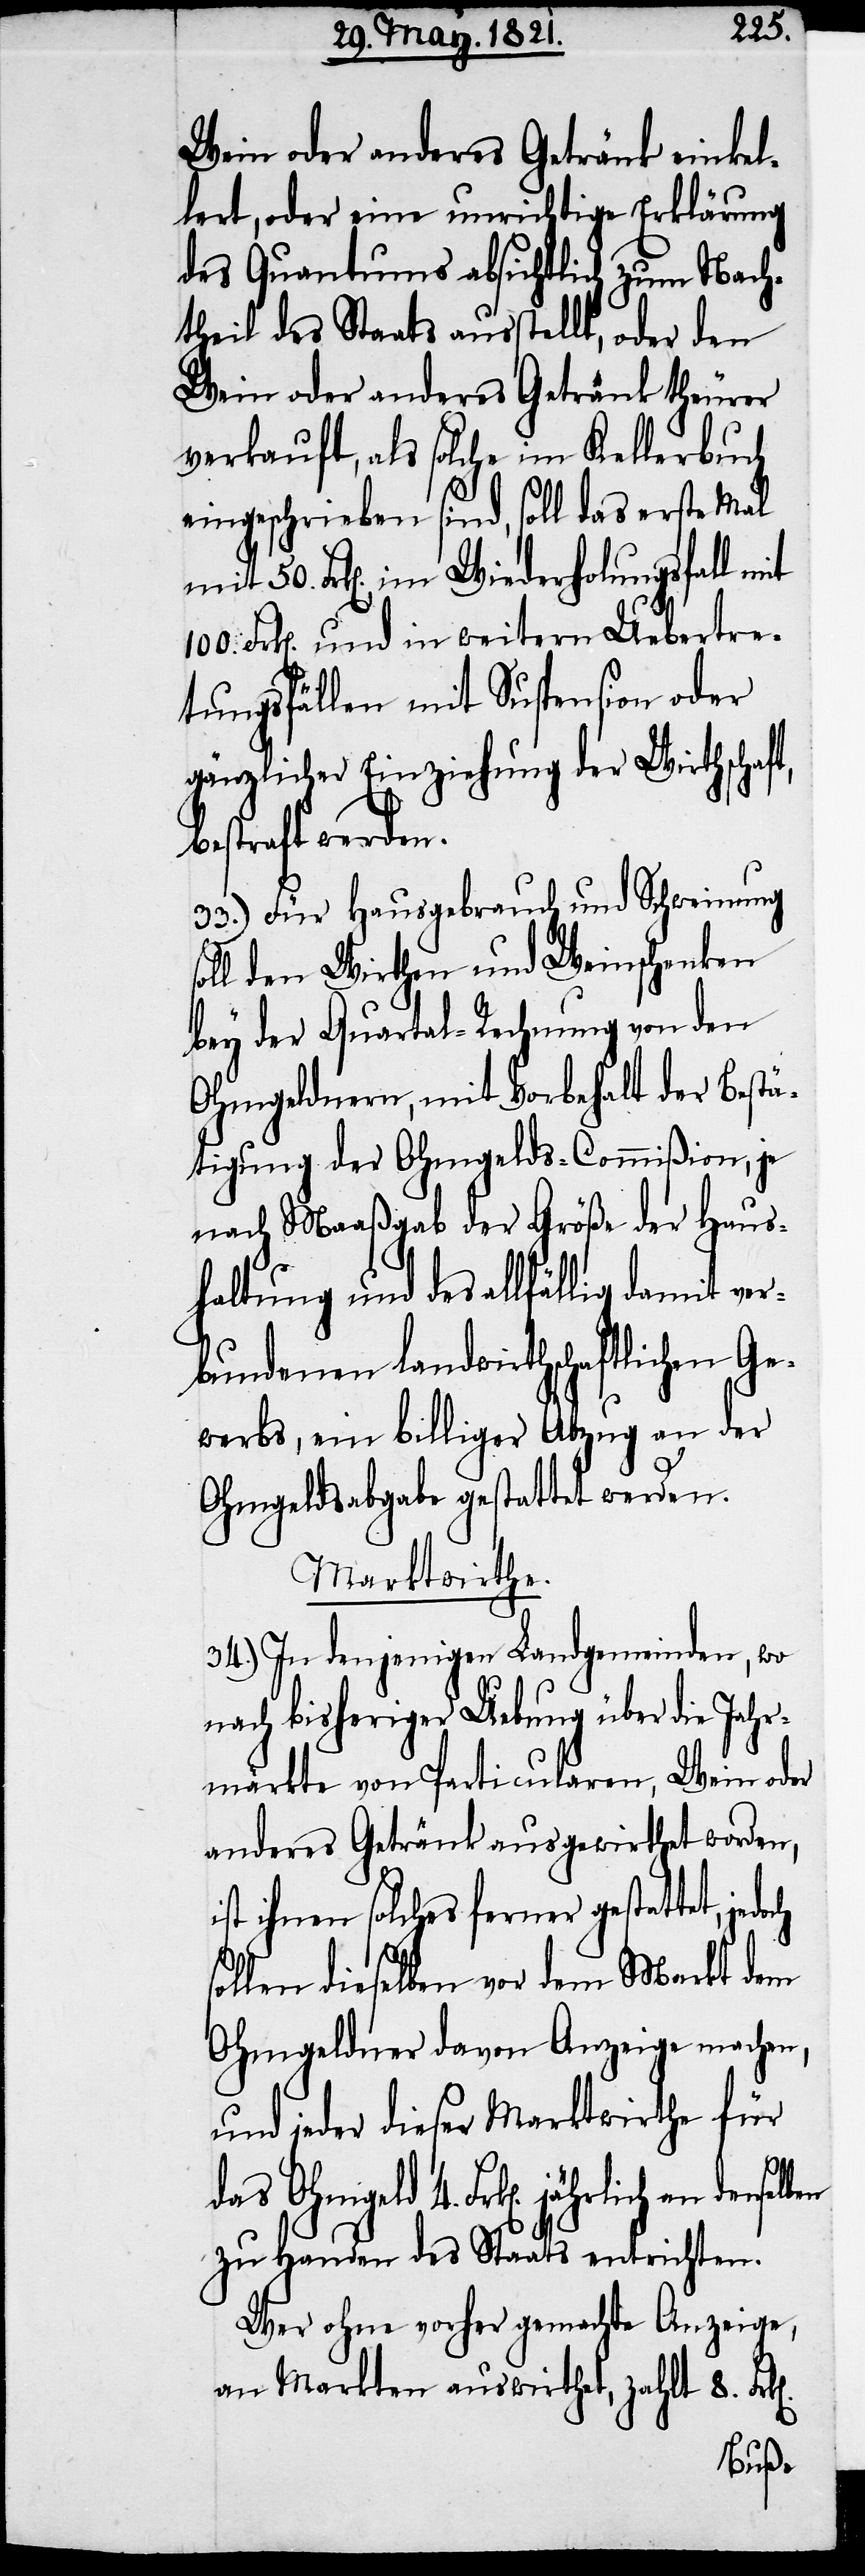
Wein oder anderes Getränk einkel¬
lert, oder eine unrichtige Erklärung
des Quantums absichtlich zum Nach¬
theil des Staats ausstellt, oder den
Wein oder anderes Getränk theurer
verkauft, als solche im Kellerbuch
eingeschrieben sind, soll das erste mal
50. Frk[en]., im Wiederholungsfall mit
100. Frk[en]. und in weitern Uebertre¬
s¬
tungsfällen mit Suspension oder
gänzlicher Einziehung der Wirthschaft
bestraft werden.
33.) Für Hausgebrauch und Schweinung
soll den Wirthen und Weinschenken
bey der Quartal-Rechnung von den
Ohmgeldnern, mit Vorbehalt der Bestä¬
tigung der Ohmgelds-Commißion, je
nach Maaßgabe der Größe der Haus¬
haltung und des allfällig damit ver¬
bundenen landwirthschaftlichen Ge¬
werbs, ein billiger Abzug an der
Ohmgeldsabgabe gestattet werden.
Marktwirthe.
34.) In denjenigen Landgemeinden, wo
nach bisheriger Uebung über die Jahr¬
märkte von Particularen, Wein oder
anderes Getränk ausgewirthet worden,
ist ihnen solches ferner gestattet, jedo¬
ollen dieselben vor dem Markt dem
Ohmgeldner davon Anzeige machen,
und jeder dieser Marktwirthe für
das Ohmgeld 4. Frk[en].
zu Handen des Staats entrichten.
Wer ohne vorher gemachte Anzeige,
an Markten auswirthet, zahlt 8.